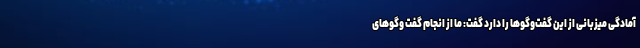
آمادگی میزبانی از این گفت‌وگوها را دارد گفت: ما از انجام گفت وگوهای